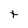
Character: t